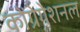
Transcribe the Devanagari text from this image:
कोंग्रेगेशनल